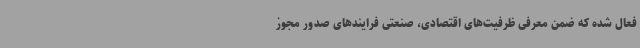
فعال شده که ضمن معرفی ظرفیت‌های اقتصادی، صنعتی فرایندهای صدور مجوز